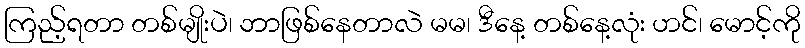
ကြည့်ရတာ တစ်မျိုးပဲ၊ ဘာဖြစ်နေတာလဲ မမ၊ ဒီနေ့ တစ်နေ့လုံး ဟင်၊ မောင့်ကို